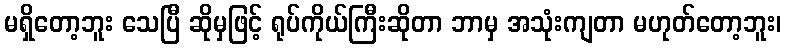
မရှိတော့ဘူး သေပြီ ဆိုမှဖြင့် ရုပ်ကိုယ်ကြီးဆိုတာ ဘာမှ အသုံးကျတာ မဟုတ်တော့ဘူး၊